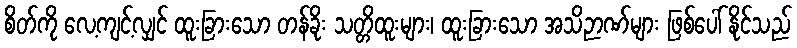
စိတ်ကို လေ့ကျင့်လျှင် ထူးခြားသော တန်ခိုး သတ္တိထူးများ၊ ထူးခြားသော အသိဉာဏ်များ ဖြစ်ပေါ် နိုင်သည်